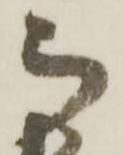
被